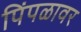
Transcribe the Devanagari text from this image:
पिंपळावर